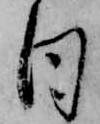
日